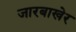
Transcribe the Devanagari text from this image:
जारबाखेर